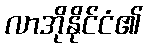
လာအိုနိုင်ငံ၏